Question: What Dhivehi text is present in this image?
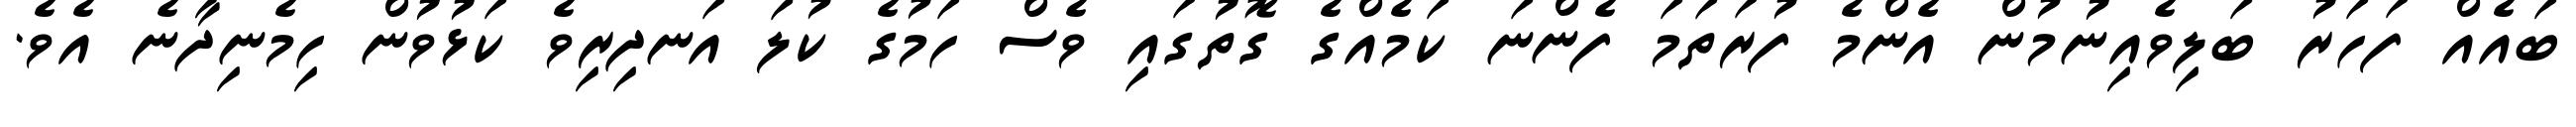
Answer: ބައެއް ފަހަރު ބަލިވެއިނުމުން އެންމެ ފުރަތަމަ ފެންނަ ކަމެއްގެ ގޮތުގައި ވެސް ހަމުގެ ކުލަ އަނދިރިވެ ކަޅުވުން ހިމެނިދާނެ އެވެ.